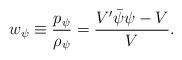
LaTeX: \begin{align*} w_\psi\equiv\frac{p_\psi}{\rho_\psi}=\frac{V' \bar{\psi}{\psi}-V}{V}.\end{align*}